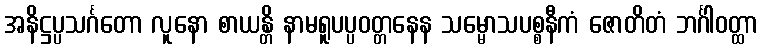
အနိဋ္ဌပ္ပသင်္ဂတော လူနော စာယန္တိ နာမရူပပ္ပဝတ္တနေန သမ္မောသပစ္စနီကံ ဇောတိတံ ဘင်္ဂါဝတ္ထာ